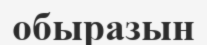
обыразын